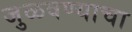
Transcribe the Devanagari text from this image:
जुळवण्याचा